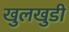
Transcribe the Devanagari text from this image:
खुलखुडी